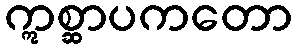
ဣစ္ဆာပကတော